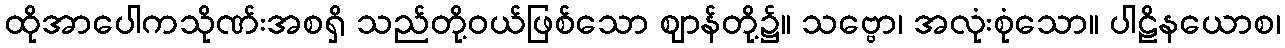
ထိုအာပေါကသိုဏ်းအစရှိ သည်တို့ဝယ်ဖြစ်သော ဈာန်တို့၌။ သဗ္ဗော၊ အလုံးစုံသော။ ပါဠိနယောစ၊